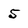
Character: 5